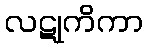
လဋုကိကာ